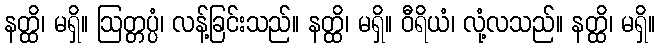
နတ္ထိ၊ မရှိ။ ဩတ္တပ္ပံ၊ လန့်ခြင်းသည်။ နတ္ထိ၊ မရှိ။ ဝီရိယံ၊ လုံ့လသည်။ နတ္ထိ၊ မရှိ။